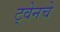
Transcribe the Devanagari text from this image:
ट्वेनचे